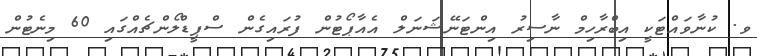
ވ. ކުނާވައްޓަކީ އިބްރާހިމް ނާސިރު އިންޓަނޭޝަނަލް އެއާޕޯޓުން ފުރައިގެން ސްޕީޑްލޯންޗެއްގައި 60 މިނެޓުން